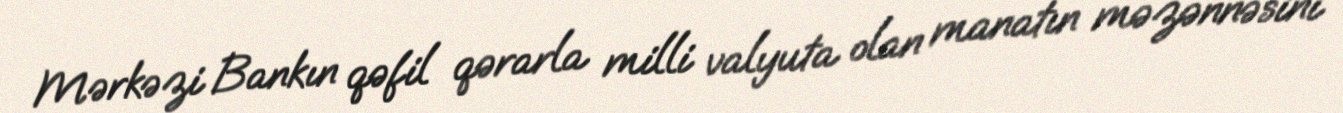
Mərkəzi Bankın qəfil qərarla milli valyuta olan manatın məzənnəsini